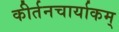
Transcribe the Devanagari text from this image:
कीर्तनचार्याकम्‌